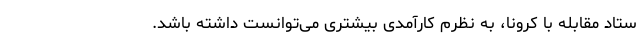
ستاد مقابله با کرونا، به نظرم کارآمدی بیشتری می‌توانست داشته باشد.